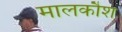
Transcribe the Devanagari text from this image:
मालकौश